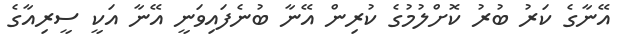
އޭނާގެ ކަރު ބުރު ކޮށްލުމުގެ ކުރިން އޭނާ ބުނެފައިވަނީ އޭނާ އަކީ ސީރިއާގެ